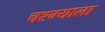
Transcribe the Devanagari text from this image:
चश्म्याला